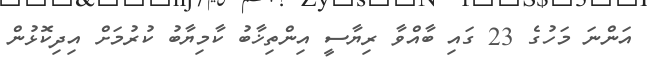
އަންނަ މަހުގެ 23 ގައި ބާއްވާ ރިޔާސީ އިންތިޚާބު ކާމިޔާބު ކުރުމަށް އިދިކޮޅުން